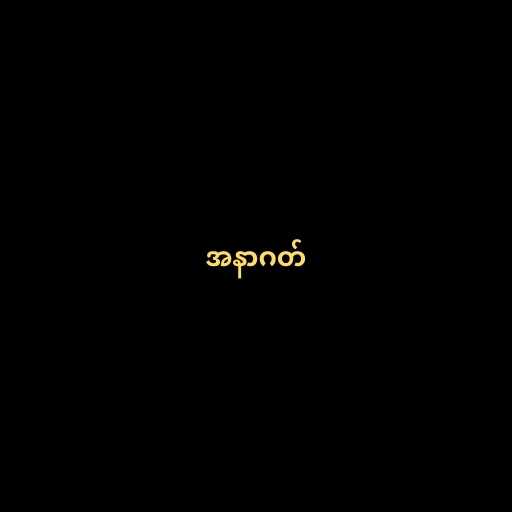
အနာဂတ်